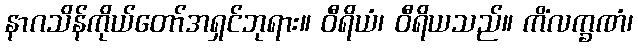
နာဂသိန်ကိုယ်တော်အရှင်ဘုရား။ ဝီရိယံ၊ ဝီရိယသည်။ ကိံလက္ခဏံ၊